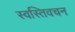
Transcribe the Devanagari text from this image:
स्वस्तिवचन